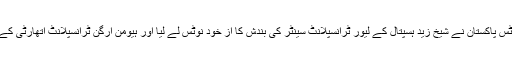
30 اپریل2018ء) چیف جسٹس پاکستان نے شیخ زید ہسپتال کے لیور ٹرانسپلانٹ سینٹر کی بندش کا از خود نوٹس لے لیا اور ہیومن آرگن ٹرانسپلانٹ اتھارٹی کے تمام ممبران کو طلب کر لیا۔